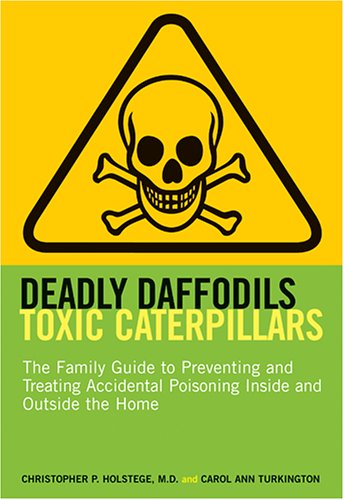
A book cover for Deadly Daffodils, Toxic Caterpillars: The Family Guide to Preventing and Treating Accidental Poisoning Inside and Outside the Home; Christopher P. Holstege; Science & Math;